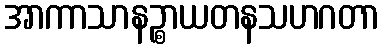
အာကာသာနဉ္စာယတနသဟဂတာ